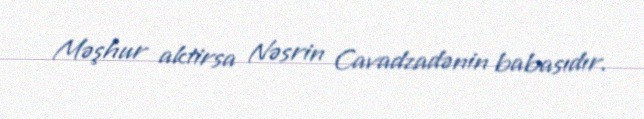
Məşhur aktirsa Nəsrin Cavadzadənin babasıdır.